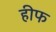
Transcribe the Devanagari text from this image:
हीफ